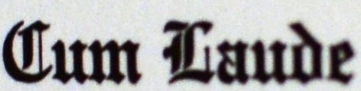
Cum Laude